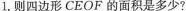
1.则四边形CEOF的面积是多少?